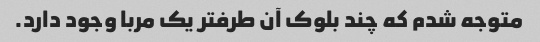
متوجه شدم که چند بلوک آن طرفتر یک مربا وجود دارد.